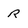
Character: R